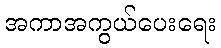
အကာအကွယ်ပေးရေး